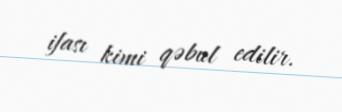
ifası kimi qəbul edilir.